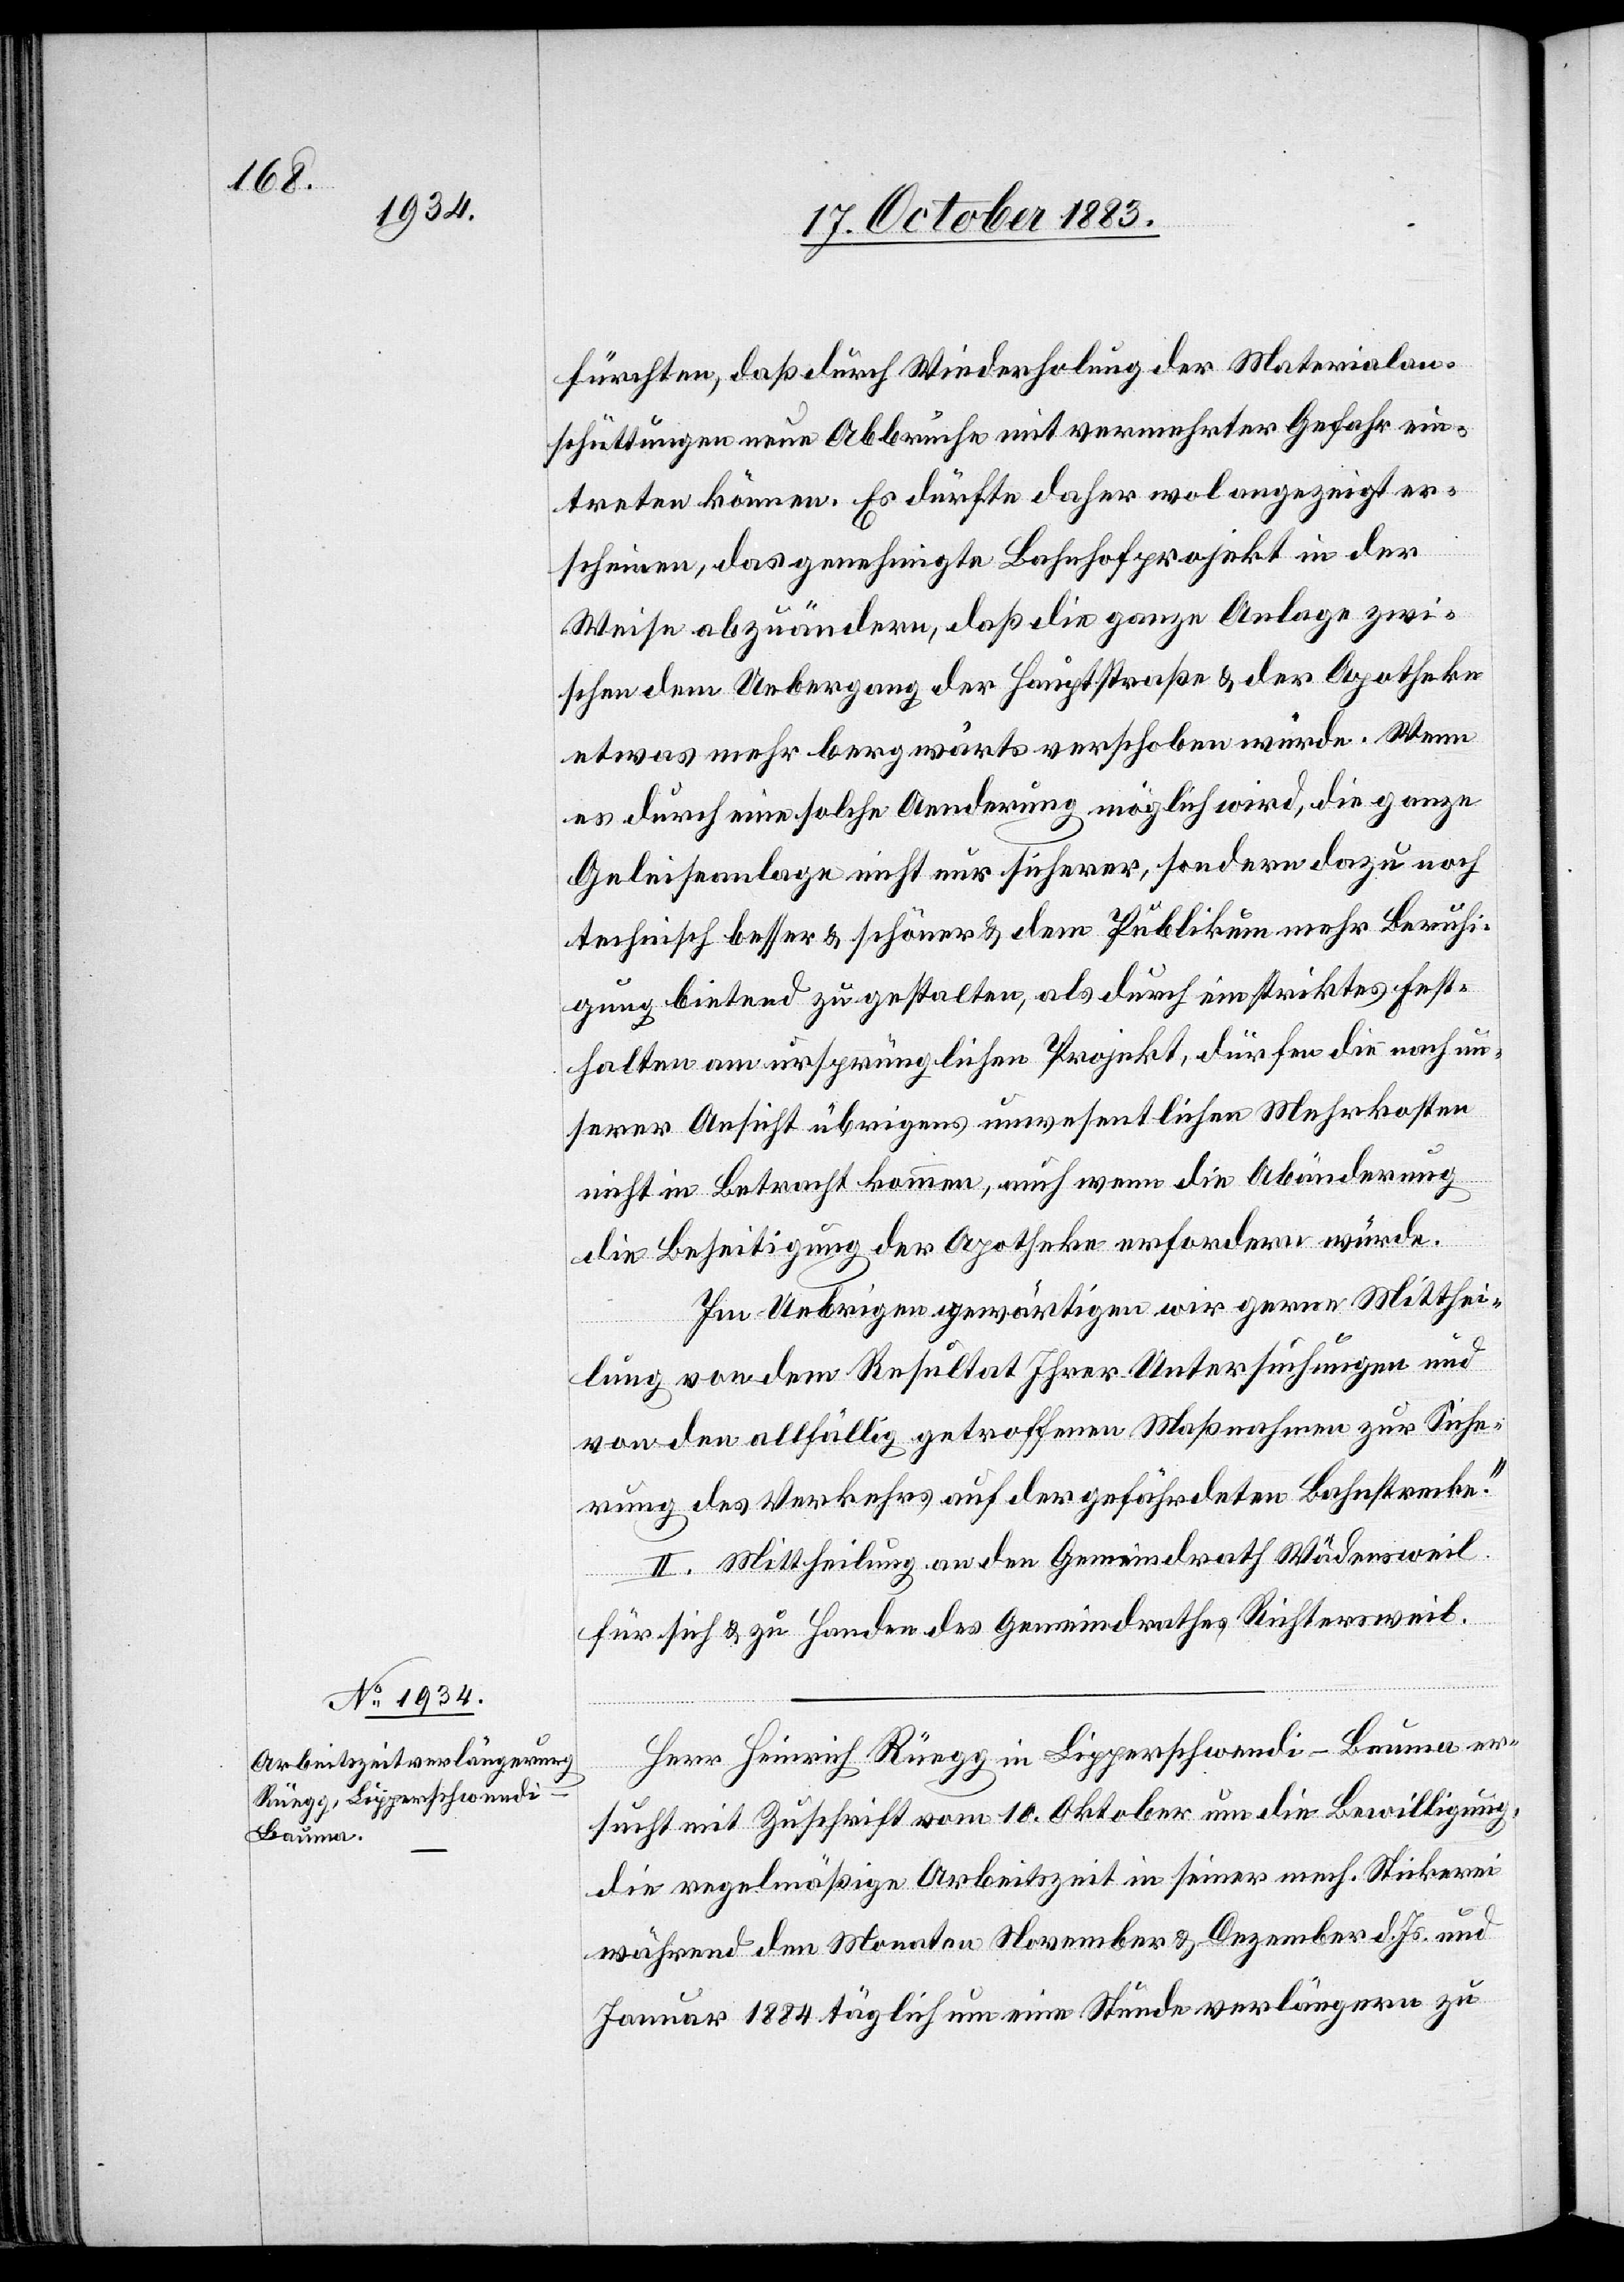
fürchten, daß durch Wiederholung der Materialan¬
schüttungen neue Abbrüche mit vermehrter Gefahr ein¬
treten können. Es dürfte daher wol angezeigt er¬
scheinen, das genehmigte Bahnhofprojekt in der
Weise abzuändern, daß die ganze Anlage zwi¬
schen dem Uebergang der Hauptstraße & der Apotheke
etwas mehr bergwärts verschoben würde. Wenn
es durch eine solche Aenderung möglich wird, die ganze
Geleiseanlage nicht nur sicherer, sondern dazu noch
technisch besser & schöner & dem Publikum mehr Beruhi¬
gung bietend zu gestalten, als durch ein striktes Fest¬
halten am ursprünglichen Projekt, dürfen die nach un¬
serer Ansicht übrigens unwesentlichen Mehrkosten
nicht in Betracht kommen, auch wenn die Abänderung
die Beseitigung der Apotheke erfordern würde.
Im Uebrigen gewärtigen wir gerne Mitthei¬
lung von dem Resultat Ihrer Untersuchungen und
von den allfällig getroffenen Maßnahmen zur Siche¬
rung des Verkehrs auf der gefährdeten Bahnstrecke.“
II. Mittheilung an den Gemeindrath Wädensweil
für sich & zu Handen des Gemeindrathes Richtersweil.
Herr Heinrich Rüegg in Lipperschwendi - Bauma er¬
sucht mit Zuschrift vom 10. Oktober um die Bewilligung,
die regelmäßige Arbeitszeit in seiner mech. Stickerei
während den Monaten November & Dezember d. Js. und
Januar 1884 täglich um eine Stunde verlängern zu